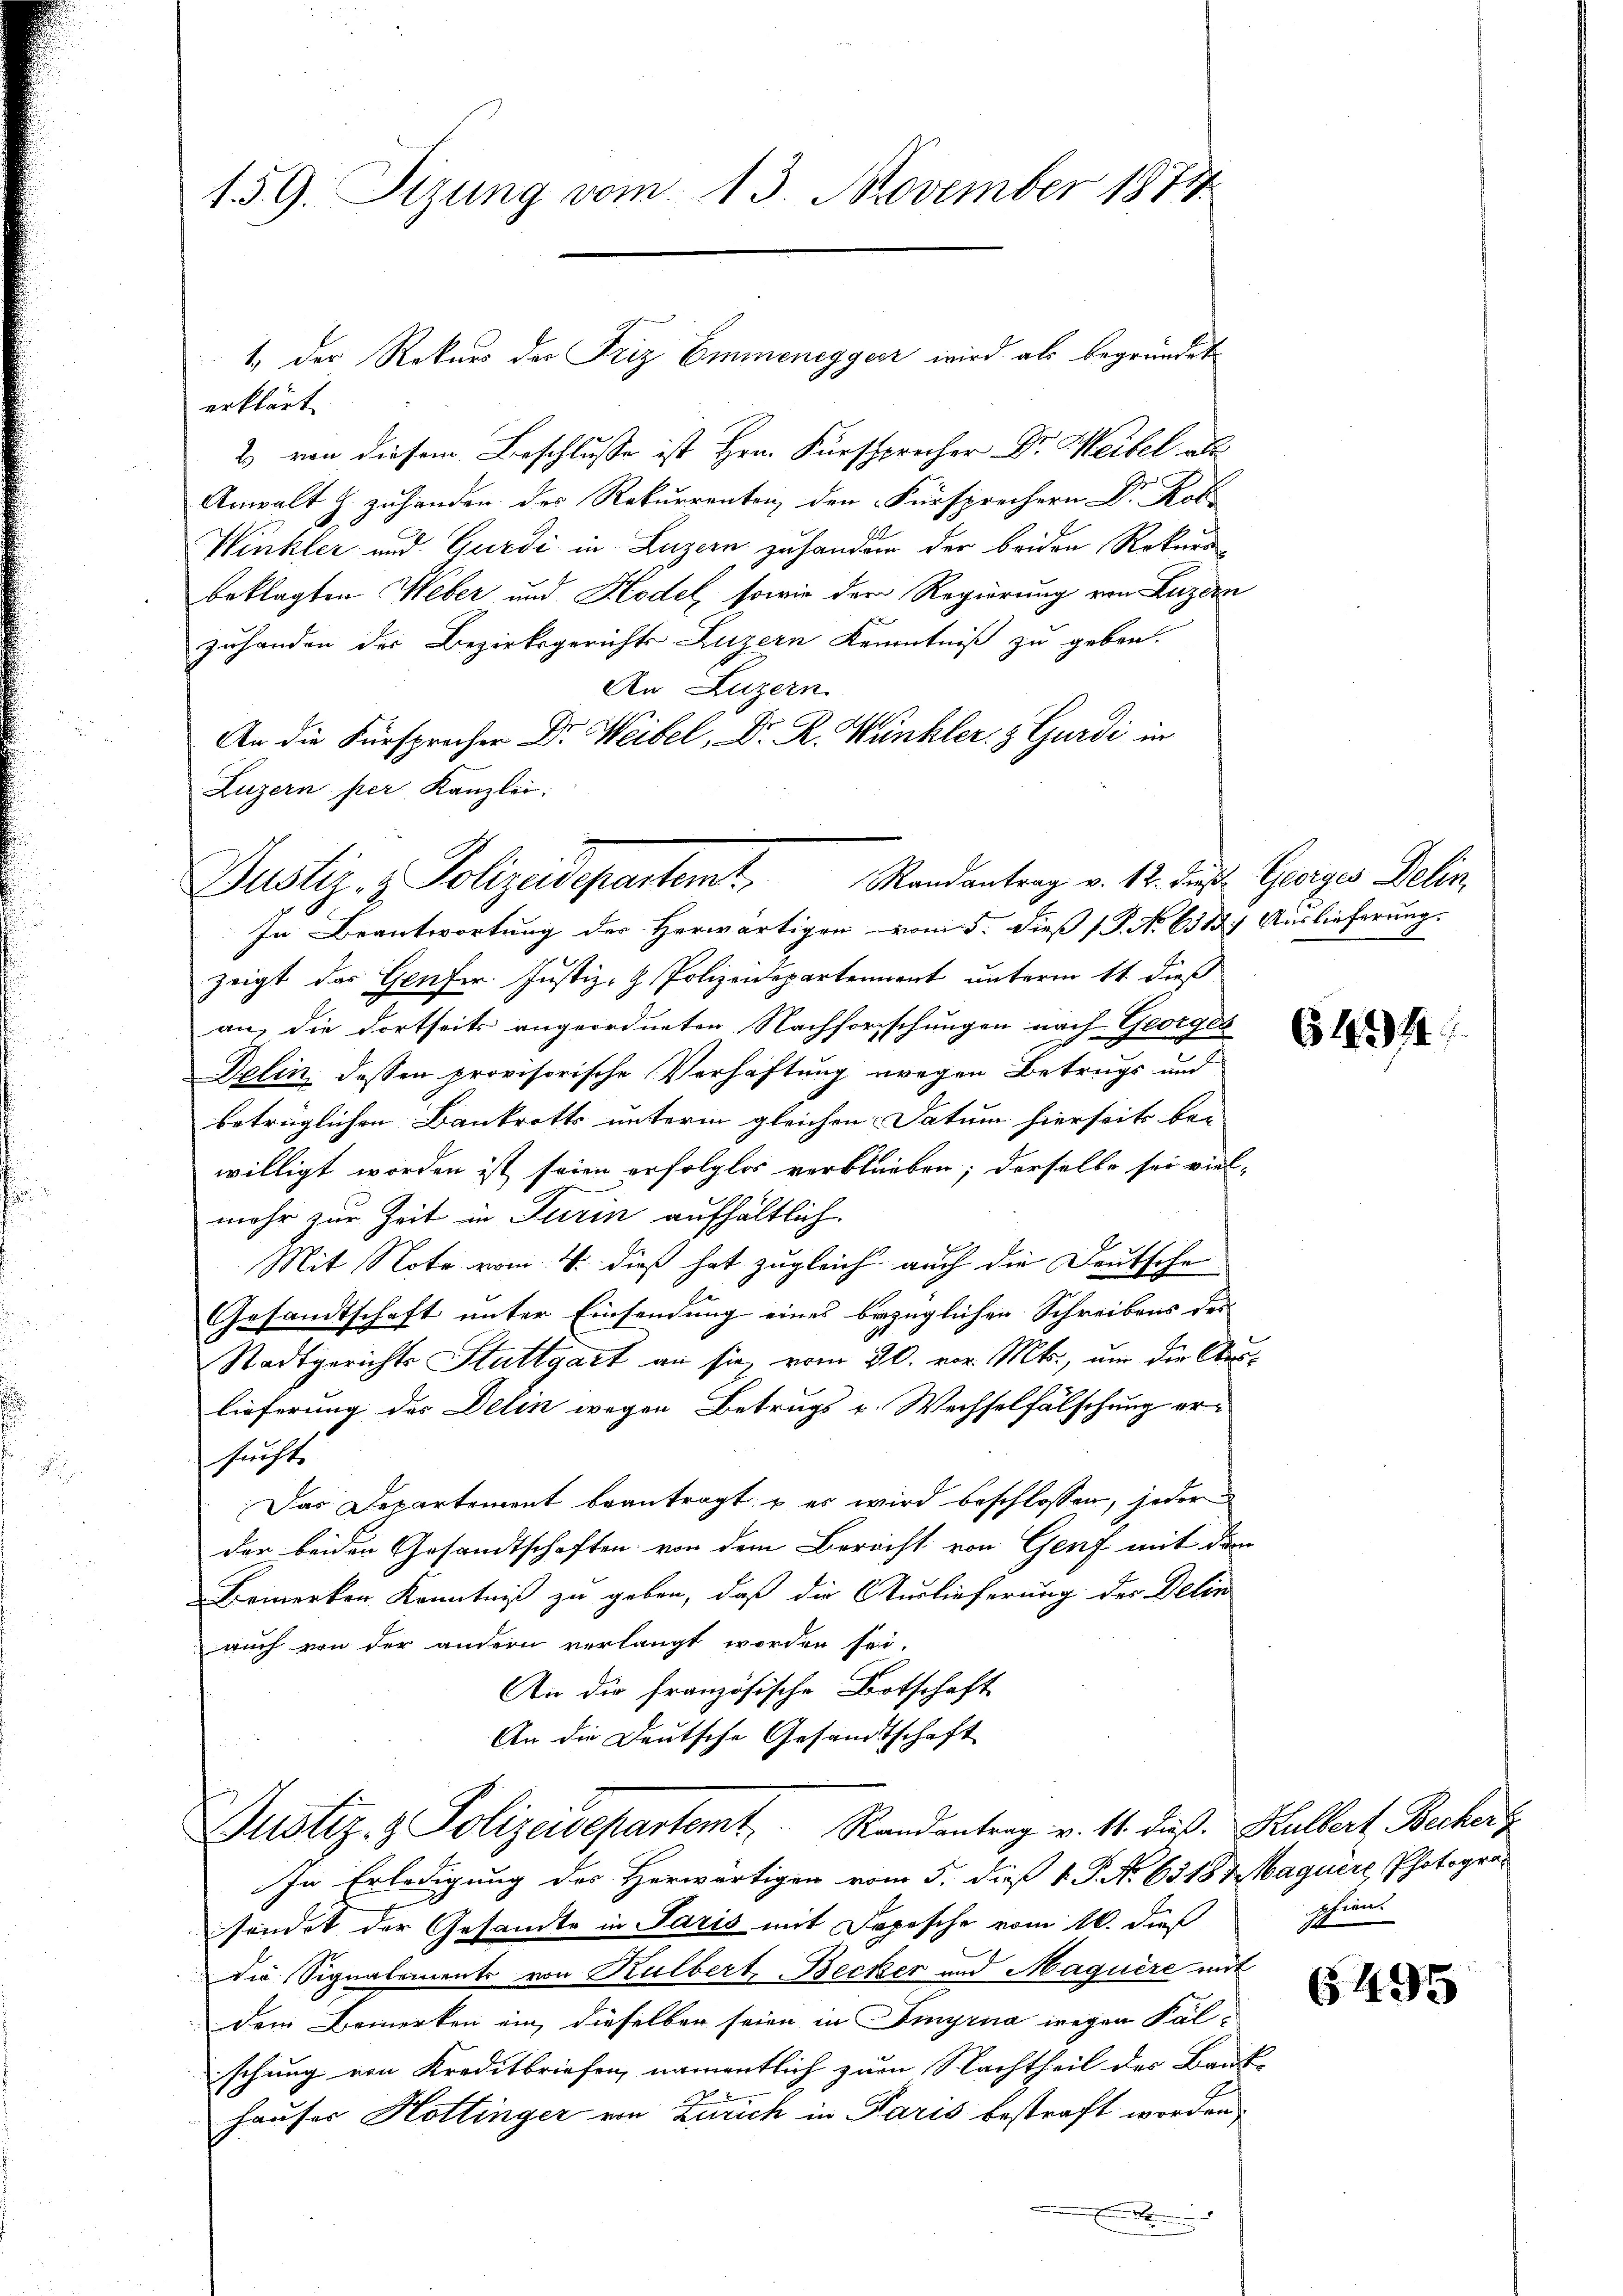
159. Sizung vom 13. November 1874

erklärt
2 von diesem Beschlusse ist Hrn. Fürsprecher Dr. Weibel al
.
Winkler und Gurdi in Luzern zu handern der beiden Rekursbeklagten Weber und Kodel, sowie der Regierung von Luzern
zuhanden der Bezirksgerichts Luzern Kenntniß zu geben.
An Luzern
An die Fürsprecher Dr. Weibel, Dr. R. Kunkler- & Gurdi in
Luzern per Kanzlei:

Justiz- & Polizeidepartemt. Mandantrag v. 12. Jun. Geringes Delin

1.) Der Rekurs der Friz Emmenegger wird als begründet

In Beantwortung des Herwärtigen vom 5. dieß P. No 638. Auslieferung.
zeigt das Genfer Justiz- & Polizeidepartement unterm 11. dieß
an, die dortseits angeordneten Nachforschungen nach Georges
Delin, dessen provisorische Verhaftung wegen Betrugs und
betrüglichen Bankrotts unterm gleichen Datum hierseits be-
willigt worden ist seien erfolglos verblieben; derselbe sei viel-
mehr zur Zeit in Turin aufhältlich.
Mit Note vom 4. dieß hat zugleich auch die Deutsche
Gesandtschaft unter Einsendung eines bezüglichen Schreibens des
Stadtgerichts Stuttgart an sie vom 30. vor. Mts., um die Auslieferung des Delin wegen Betrugs u. Wechselfälschung ersuchte
Das Departement beantragt, u es wird beschlossen, jeder
der beiden Gesandtschaften von dem Bereift von Genf mit den
Bemerken Kenntniß zu geben, daß die Auslieferung der Delin
auch von der andern verlangt worden sei.
An die französische Botschaft
An die Deutsche Gesandtschaft
Justiz- & Polizeisepartemt. Randantrag v. 11. dieß. Halbert Beckers
In Erledigung des Herwärtigen vom 5. dieß 1. P. No 6318. Maguere Photogra
sendet der Gesandte in Paris mit Depesche vom 16. dieß
die Signalements von Kulbert, Becker und Maguere mit
dem Bemerken ein, dieselben seien in Eingrua wegen Fälschung von Kreditbriefen, namentlich zum Nachtheil des Bauk
Hauses Hottinger von Zürich in Paris bestraft worden,
.

643/1

schiens

6495